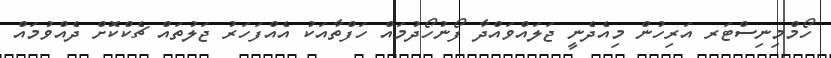
ހޯމްމިނިސްޓަރ އަރިހުން މިއެދެނީ ޖަލައްވައްދާ ފޯނުހޯދުމައް ހަފްތާއަކު އެއްފަހަރު ޖަލުތައް ޗެކްކޮށް ދެއްވުމައް